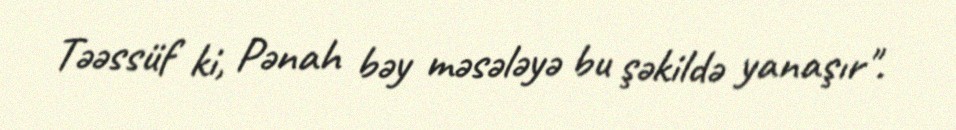
Təəssüf ki, Pənah bəy məsələyə bu şəkildə yanaşır".